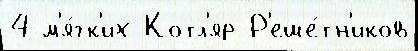
4 м'я́гк'их Котл'яр Р'еше́тн'иков